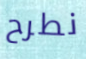
نطرح